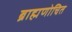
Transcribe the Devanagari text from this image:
ब्राह्मणोचित